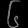
Digit: ၆